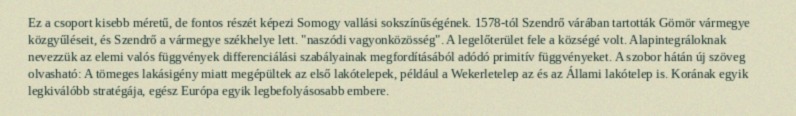
Ez a csoport kisebb méretű, de fontos részét képezi Somogy vallási sokszínűségének. 1578-tól Szendrő várában tartották Gömör vármegye közgyűléseit, és Szendrő a vármegye székhelye lett. "naszódi vagyonközösség". A legelőterület fele a községé volt. Alapintegráloknak nevezzük az elemi valós függvények differenciálási szabályainak megfordításából adódó primitív függvényeket. A szobor hátán új szöveg olvasható: A tömeges lakásigény miatt megépültek az első lakótelepek, például a Wekerletelep az és az Állami lakótelep is. Korának egyik legkiválóbb stratégája, egész Európa egyik legbefolyásosabb embere.